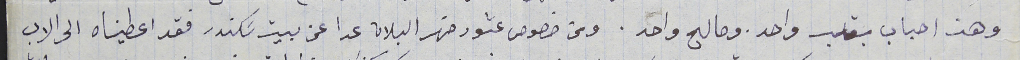
وهذ احباب بقلب واحد. وصالح واحد. ومن خصوص عشور ضهر البلان عدا عن بيت سَكندر فقد اعطيناه الى الاب